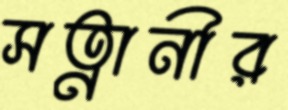
সত্নানীর